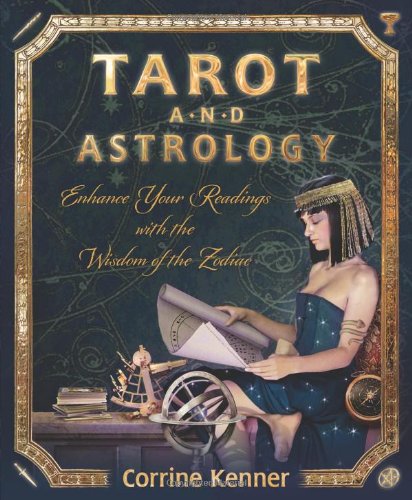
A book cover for Tarot and Astrology: Enhance Your Readings With the Wisdom of the Zodiac; Corrine Kenner; Religion & Spirituality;